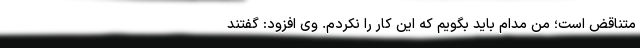
متناقض است؛ من مدام باید بگویم که این کار را نکردم. وی افزود: گفتند